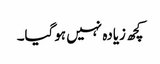
کچھ زیادہ نہیں ہوگیا۔